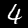
Digit: 4